Annual report on the working of the lock hospitals in the Central Provinces
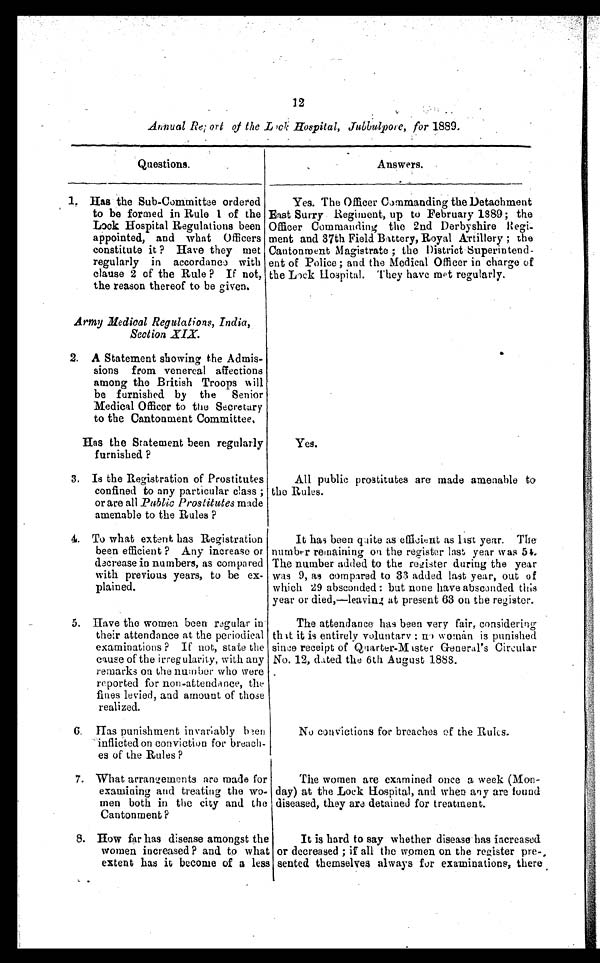
12
Annual Report of the Lock Hospital, Jubbulpore, for 1889.
Questions.
Answers.
1. Has the Sub-Committee ordered
to be formed in Rule 1 of the
Lock Hospital Regulations been
appointed, and what Officers
constitute it ? Have they met
regularly in accordance with
clause 2 of the Rule ? If not,
the reason thereof to be given.
Yes. The Officer Commanding the Detachment
East Surry Regiment, up to February 1889 ; the
Officer Commanding the 2nd Derbyshire Regi
- m e n t a n d 3 7 t h F i e l d B a t t e r y , R o y a l A r t i l l e r y ; t h e
Cantonment Magistrate ; the District Superintend-
ent of Police ; and the Medical Officer in charge of
the Lock Hospital. They have met regularly.
Army Medical Regulations, India,
Section XIX.
2. A Statement showing the Admis-
sions from venereal affections
among the British Troops will
be furnished by the Senior
Medical Officer to the Secretary
to the Cantonment Committee.
Has the Statement been regularly
furnished ?
Yes.
3. Is the Registration of Prostitutes
confined to any particular class ;
or are all Public Prostitutes made
amenable to the Rules ?
All public prostitutes are made amenable to
the Rules.
4. To what extent has Registration
been efficient ? Any increase or
decrease in numbers, as compared
with previous years, to be ex-
plained.
It has been quite as efficient as last year. The
number remaining on the register last year was 54.
The number added to the register during the year
was 9, as compared to 33 added last year, out of
which 29 absconded : but none have absconded this
year or died,—leaving at present 63 on the register.
5. Have the women been regular in
their attendance at the periodical
examinations ? If not, state the
cause of the irregularity, with any
remarks on the number who were
reported for non-attendance, the
fines levied, and amount of those
realized.
The attendance has been very fair, considering
that it is entirely voluntary : no woman is punished
since receipt of Quarter-Mister General's Circular
No. 12, dated the 6th August 1888.
6. Has punishment invariably been
inflicted on conviction for breach-
es of the Rules ?
No convictions for breaches of the Rules.
7. What arrangements are made for
examining and treating the wo-
men both in the city and the
Cantonment ?
The women are examined once a week (Mon-
day) at the Lock Hospital, and when any are found
diseased, they are detained for treatment.
8. How far has disease amongst the
women increased ? and to what
extent has it become of a less
It is hard to say whether disease has increased
or decreased ; if all the women on the register pre-
seated themselves always for examinations, there